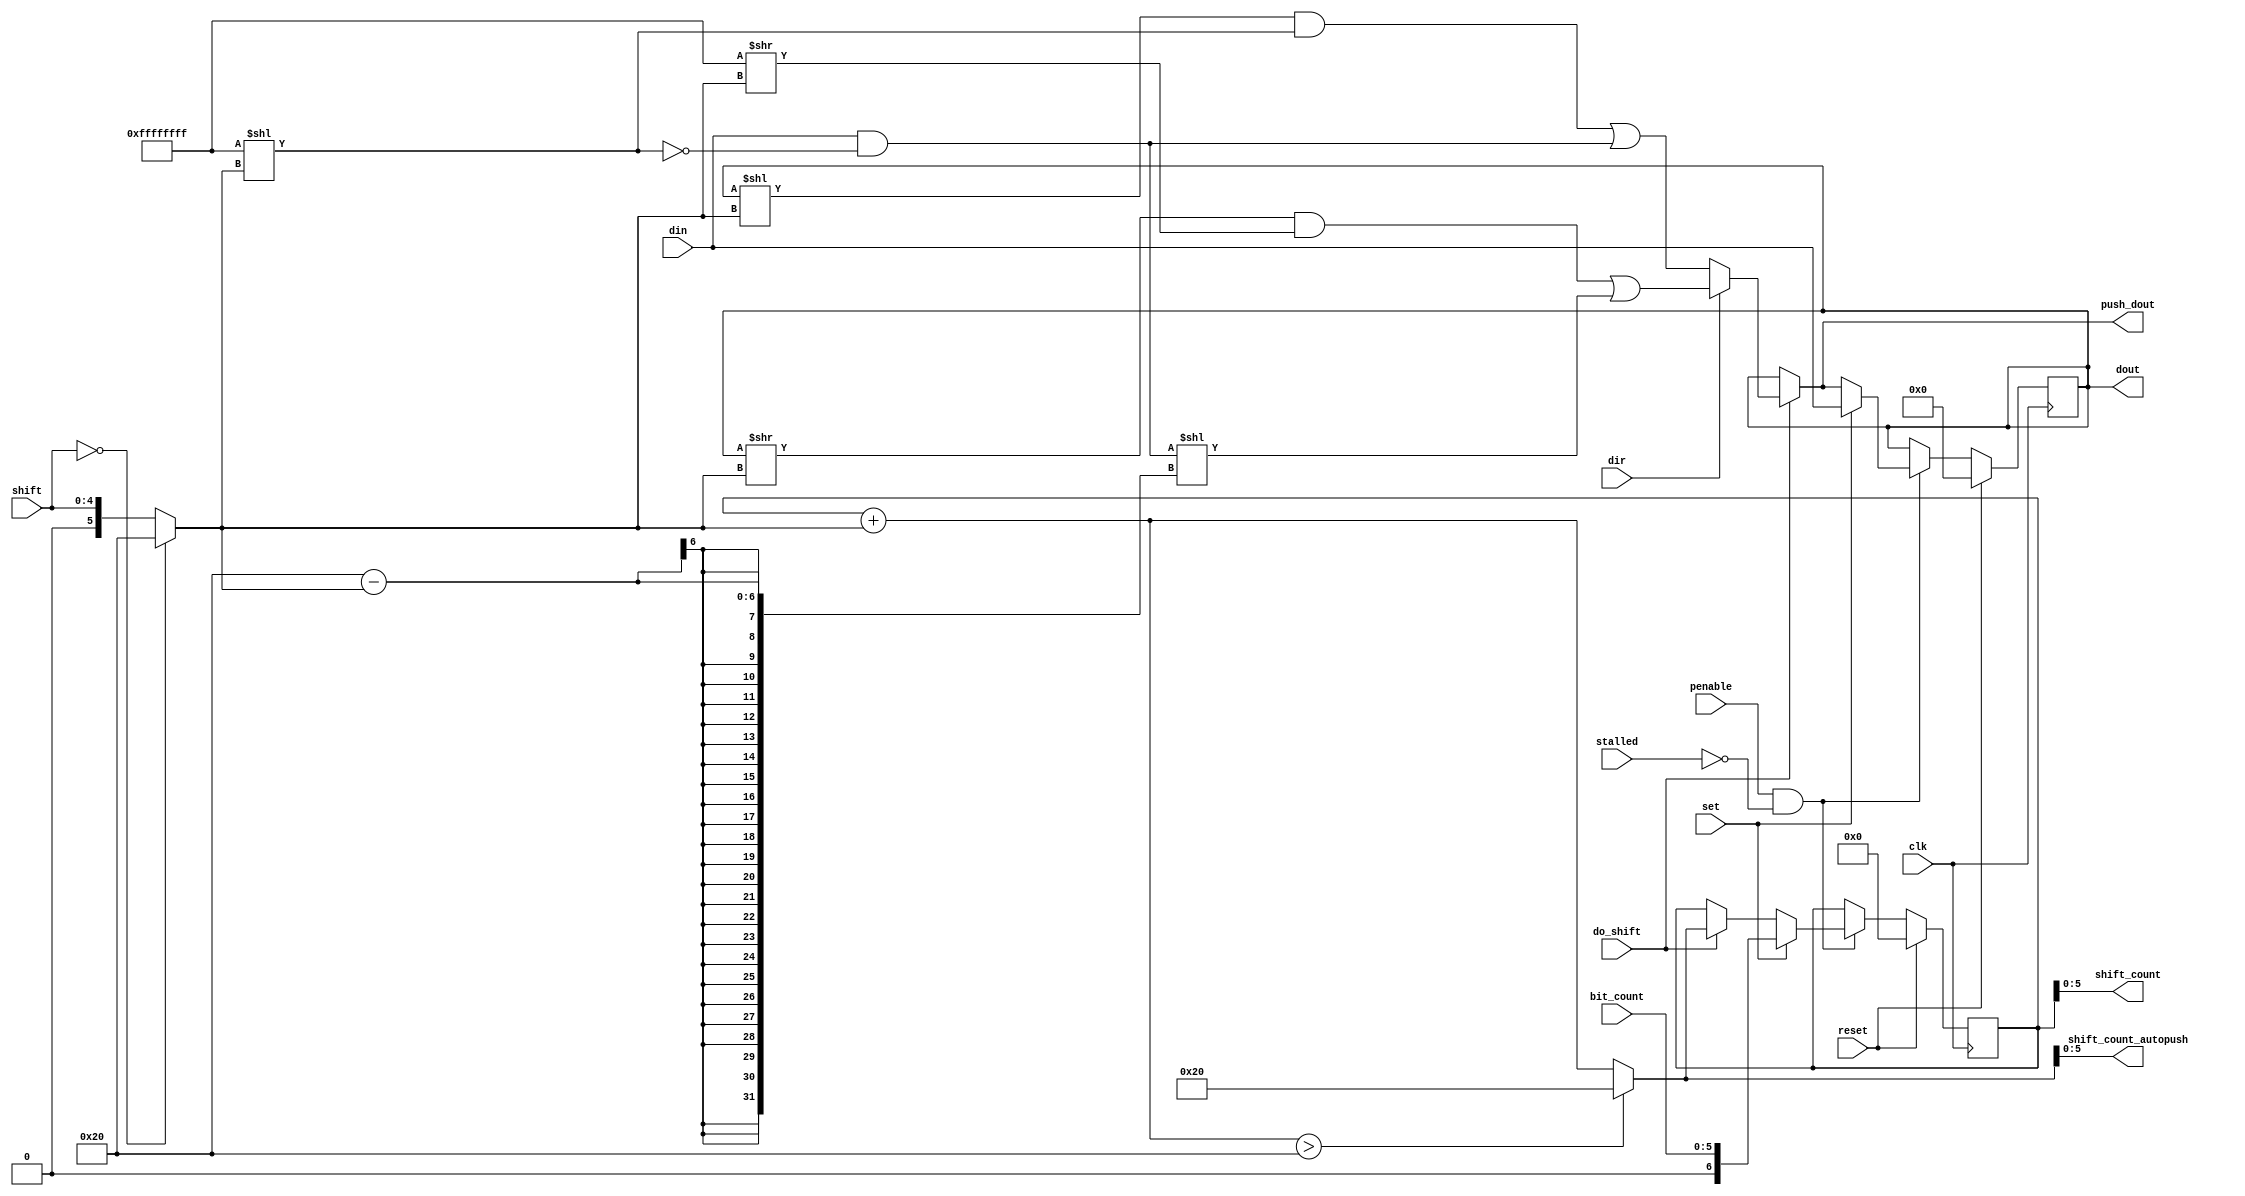
// SPDX-FileCopyrightText: 2022 Lawrie Griffiths
// SPDX-License-Identifier: BSD-2-Clause

// `default_nettype none
module pio_isr (
  input         clk,
  input         penable,
  input         reset,
  input         stalled,
  input [31:0]  din,
  input [4:0]   shift,
  input         dir,
  input         set,
  input         do_shift,
  input [5:0]   bit_count,
  output [31:0] dout,
  output [31:0] push_dout,
  output [5:0]  shift_count_autopush,
  output [5:0]  shift_count
);

  reg [31:0] shift_reg;
  reg [6:0]  count;

  // A shift value of 0 means shift 32
  wire [6:0] shift_val = shift == 0 ? 32 : shift;

  wire [31:0] masked_din = din & ~(32'hFFFFFFFF << shift_val);
  wire [31:0] immediate_shift = dir ?
      /* right */ ((shift_reg >> shift_val) & (32'hFFFFFFFF >> shift_val)) | (masked_din << (32 - shift_val))
      : /* left */ ((shift_reg << shift_val) & (32'hFFFFFFFF << shift_val)) | masked_din;
  always @(posedge clk) begin
    if (reset) begin
      shift_reg <= 0;
      count <= 0; // Empty
    end else if (penable && !stalled) begin
      if (set) begin
        shift_reg <= din;
        count <= bit_count;
      end else if (do_shift) begin
        shift_reg <= immediate_shift;
        count <= (count + shift_val) > 7'd32 ? 7'd32 : count + shift_val;
      end
    end
  end

  assign dout = shift_reg;
  assign push_dout = do_shift ? immediate_shift : shift_reg;
  // count must be made available "early" to comply with timing
  assign shift_count_autopush = ((count + shift_val) > 7'd32) ? 7'd32 : count + shift_val;
  assign shift_count = count;
endmodule